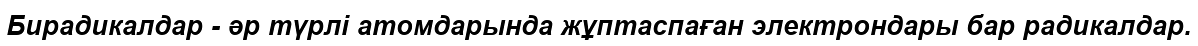
Бирадикалдар - әр түрлі атомдарында жұптаспаған электрондары бар радикалдар.